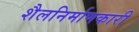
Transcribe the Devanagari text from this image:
शैलनिर्माणकारी